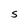
Character: S